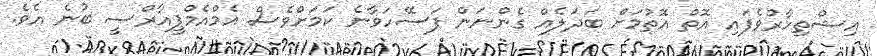
އިޝްތިހާރުވެފައި އޮތް އޮތުމަށް ބަދަލެއް ގެންނަން ފަސޭހަވާނެ ކަމަށްވެސް އެމްއެމްޕީއާރްސީ ބުނެ އެވެ.